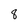
Character: 8